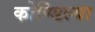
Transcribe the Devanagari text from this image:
कोण्डिल्या